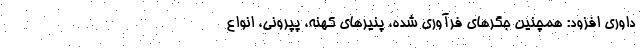
داوری افزود: همچنین جگرهای فرآوری شده، پنیرهای کهنه، پپرونی، انواع